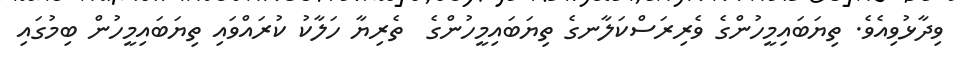
ވިދާޅުވިއެވެ. ތިޔަބައިމީހުންގެ ވެރިރަސްކަލާނގެ ތިޔަބައިމީހުންގެ  ތެރިޔާ ހަލާކު ކުރައްވައި ތިޔަބައިމީހުން ބިމުގައި